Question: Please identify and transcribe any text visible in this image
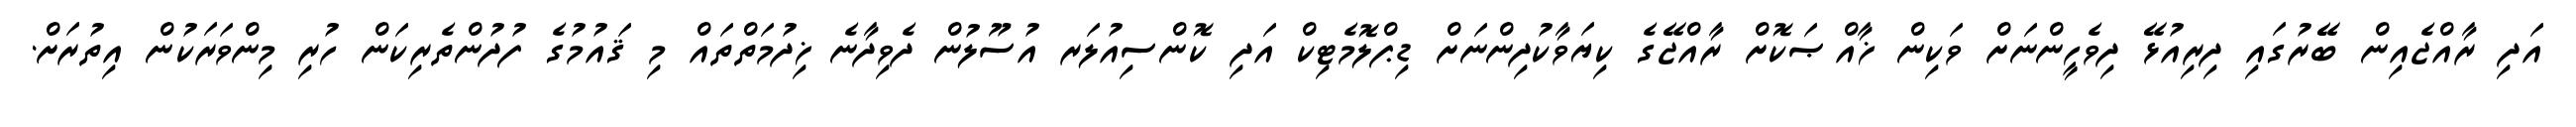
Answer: އަދި ރާއްޖެއިން ބޭރުގައި ދިރިއުޅޭ ދިވެހީންނަށް ވަކިން ޚާއްޞަކޮށް ރާއްޖޭގެ ކިޔަވާކުދިންނަށް ޑިޕްލޮމެޓިކް އަދި ކޮންސިއުލަރ އުސޫލުން ދެވިދާނެ ޚިދުމަތްތައް މި ޤައުމުގެ ފުދުންތެރިކަން ހުރި މިންވަރަކުން އިތުރަށް.